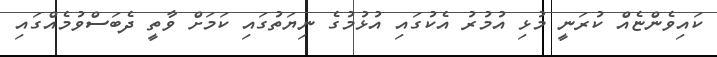
ކައިވެންޏެއް ކުރަނީ މުޅި އުމުރު އެކުގައި އުޅުމުގެ ނިޔަތުގައި ކަމަށް ވާތީ ދެބަސްވުމެއްގައި